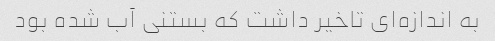
به اندازه‌ای تاخیر داشت که بستنی آب شده بود